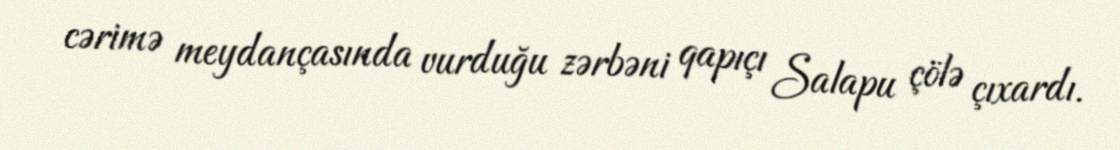
cərimə meydançasında vurduğu zərbəni qapıçı Salapu çölə çıxardı.